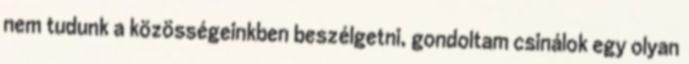
nem tudunk a közösségeinkben beszélgetni, gondoltam csinálok egy olyan